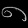
Digit: ၈